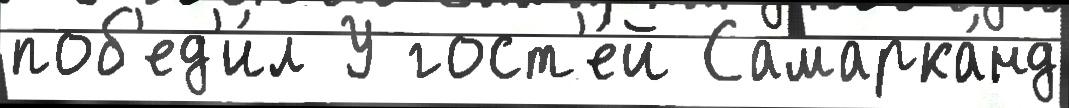
поб'ед'и́л У гост'е́й Самарка́нд